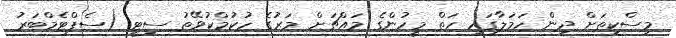
މިސްކިތަށް ދިން ހަމަލާގައި ހަތް މީހުންގެ މައްޗަށް މަރުގެ ހުކުމްކުވޭތު ސިޓީ (ސެޕްޓެމްބަރު